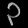
Digit: ၃